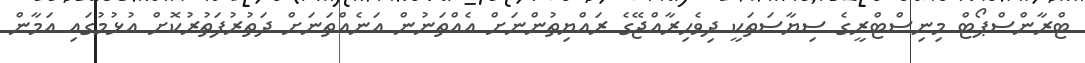
ޓްރާންސްޕޯޓް މިނިސްޓްރީގެ ސިޔާސަތަކީ ދިވެހިރާއްޖޭގެ ރައްޔިތުންނަށް އެއްތަނުން އަނެއްތަނަށް ދަތުރުފަތުރުކޮށް އުޅުމުގައި އަމާން